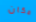
مكان